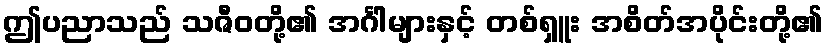
ဤပညာသည် သဇီဝတို့၏ အင်္ဂါများနှင့် တစ်ရှူး အစိတ်အပိုင်းတို့၏